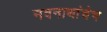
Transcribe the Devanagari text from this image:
नवनाथांचेच